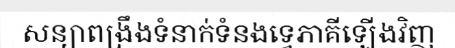
សន្យាពង្រឹងទំនាក់ទំនងទ្វេភាគីឡើងវិញ